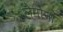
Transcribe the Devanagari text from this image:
लेमोना